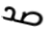
صد